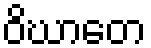
ဝိဃာတေ